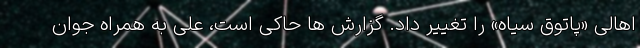
اهالی «پاتوق سیاه» را تغییر داد. گزارش ها حاکی است، علی به همراه جوان